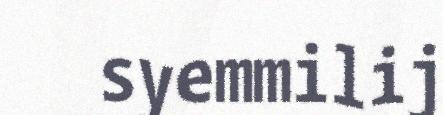
syemmilij